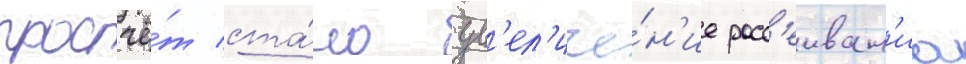
просчё́т ста́ло ув'ел'иче́н'ие расс'еиван'иа